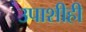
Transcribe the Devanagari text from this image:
उपाशीही